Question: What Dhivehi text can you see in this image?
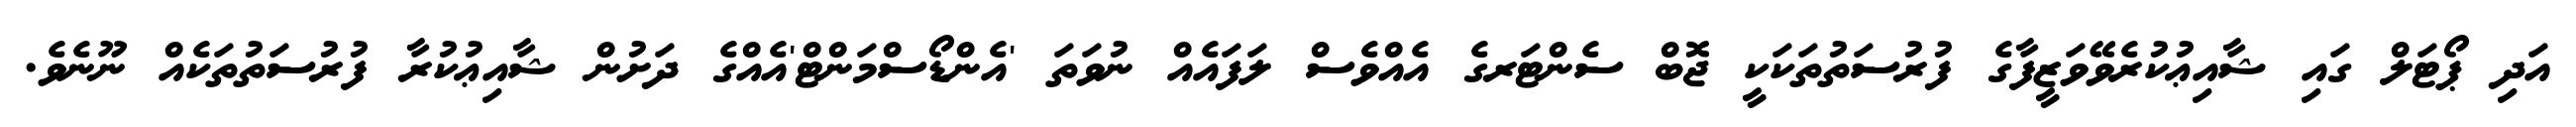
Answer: އަދި ޕޯޓަލް ގައި ޝާއިޢުކުރެވޭވަޒީފާގެ ފުރުސަތުތަކަކީ ޖޮބް ސެންޓަރގެ އެއްވެސް ލަފައެއް ނުވަތަ 'އެންޑޯސްމަންޓް'އެއްގެ ދަށުން ޝާއިޢުކުރާ ފުރުސަތުތަކެއް ނޫނެވެ.